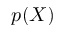
p ( X )